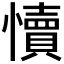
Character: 𭟐